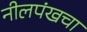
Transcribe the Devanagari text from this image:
नीलपंखचा